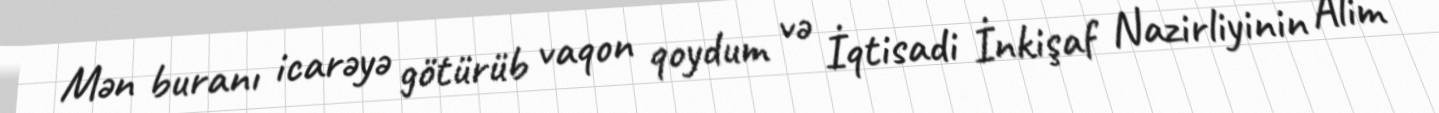
Mən buranı icarəyə götürüb vaqon qoydum və İqtisadi İnkişaf Nazirliyinin Alim